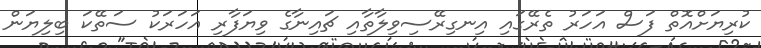
ކުރިޔަށްއޮތް ފަސް އަހަރު ތެރޭގައި އިނގިރޭސިވިލާތާއި ޗައިނާގެ ވިޔަފާރި އަހަރަކު ސަތޭކަ ބިލިޔަން